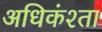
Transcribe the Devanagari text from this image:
अधिकंश्ता